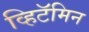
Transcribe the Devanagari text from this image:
व्हिटॅमिन